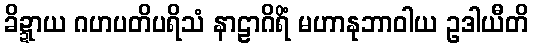
ခိဍ္ဍာယ ဂဟပတိပရိသံ နာဠာဂိရိံ မဟာနုဘာဝါယ ဥဒါယီတိ